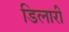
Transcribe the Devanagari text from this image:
डिलारी